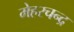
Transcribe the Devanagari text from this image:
मेहरचन्द्र